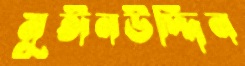
মুঈনউদ্দিন